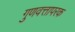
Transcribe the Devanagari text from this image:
गुणवत्तापरक